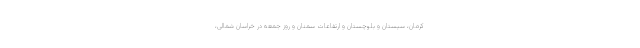
کرمان، سیستان و بلوچستان و ارتفاعات سمنان و روز جمعه در خراسان شمالی،